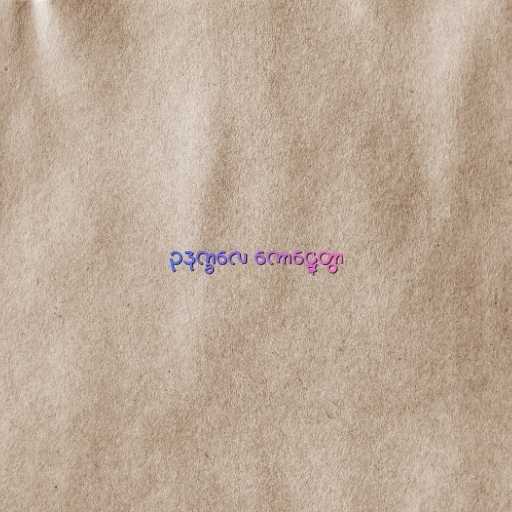
ဥဒုက္ခလေ ကောဋ္ဋေတွာ